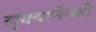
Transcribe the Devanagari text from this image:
लुक्यानेन्को